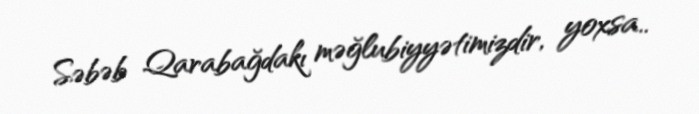
Səbəb Qarabağdakı məğlubiyyətimizdir, yoxsa..